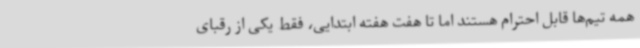
همه تیم‌ها قابل احترام هستند اما تا هفت هفته ابتدایی، فقط یکی از رقبای